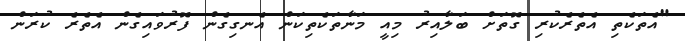
"އެތަކެތި އެތެރެކުރި ގޮތަށް ބަލާއިރު މިއީ މަނާތަކެތިކަން އެނގިގެން ފޮރުވައިގެން އެތެރެ ކުރަން